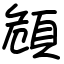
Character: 頠